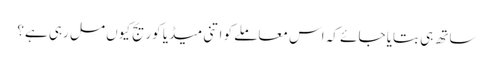
ساتھ ہی بتایا جائے کہ اس معاملے کو اتنی میڈیا کوریج کیوں مل رہی ہے؟